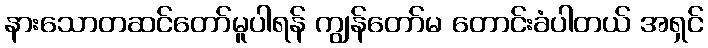
နားသောတဆင်တော်မူပါရန် ကျွန်တော်မ တောင်းခံပါတယ် အရှင်